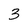
Character: 3